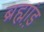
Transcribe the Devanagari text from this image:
ब्रह्म़ा़ंड